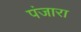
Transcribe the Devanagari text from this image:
पंजारा